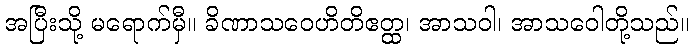
အပြီးသို့ မရောက်မှီ။ ခိဏာသဝေဟိတိဧတ္ထ၊ အာသဝါ၊ အာသဝေါတို့သည်။